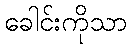
ခေါင်းကိုသာ